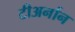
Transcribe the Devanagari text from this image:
टीअर्नान